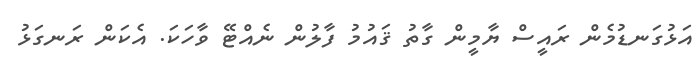
އަޅުގަނޑުމެން ރައީސް ޔާމީން ގާތު ޤައުމު ފާލުން ނެއްޓޭ ވާހަކަ. އެކަން ރަނގަޅު